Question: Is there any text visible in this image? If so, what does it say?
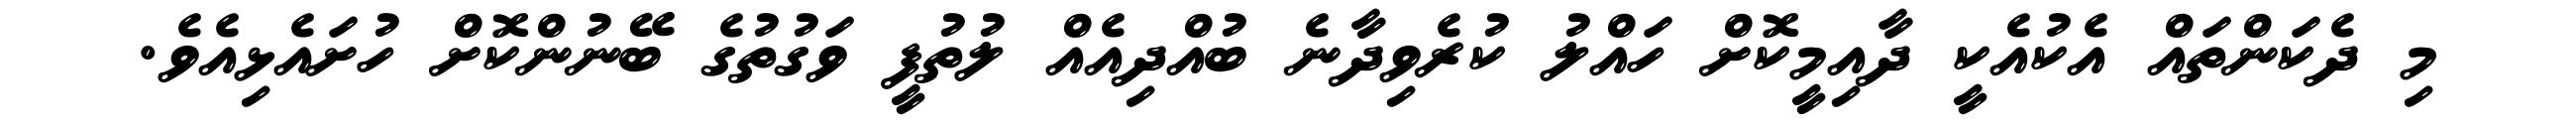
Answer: މި ދެކަންތައް އެކުއެކީ ދާއިމީކޮށް ހައްލު ކުރެވިދާނެ ބުއްދިއެއް ލުތުފީ ވަގުތުގެ ބޭނުންކޮށް ހުށައެޅިއެވެ.